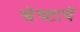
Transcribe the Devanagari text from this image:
चेष्‍टायें